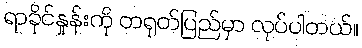
ရာခိုင်နှုန်းကို တရုတ်ပြည်မှာ လုပ်ပါတယ်။